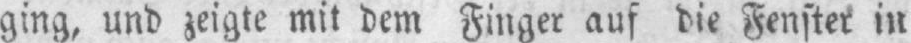
ging, und zeigte mit dem Finger auf die Fenster in